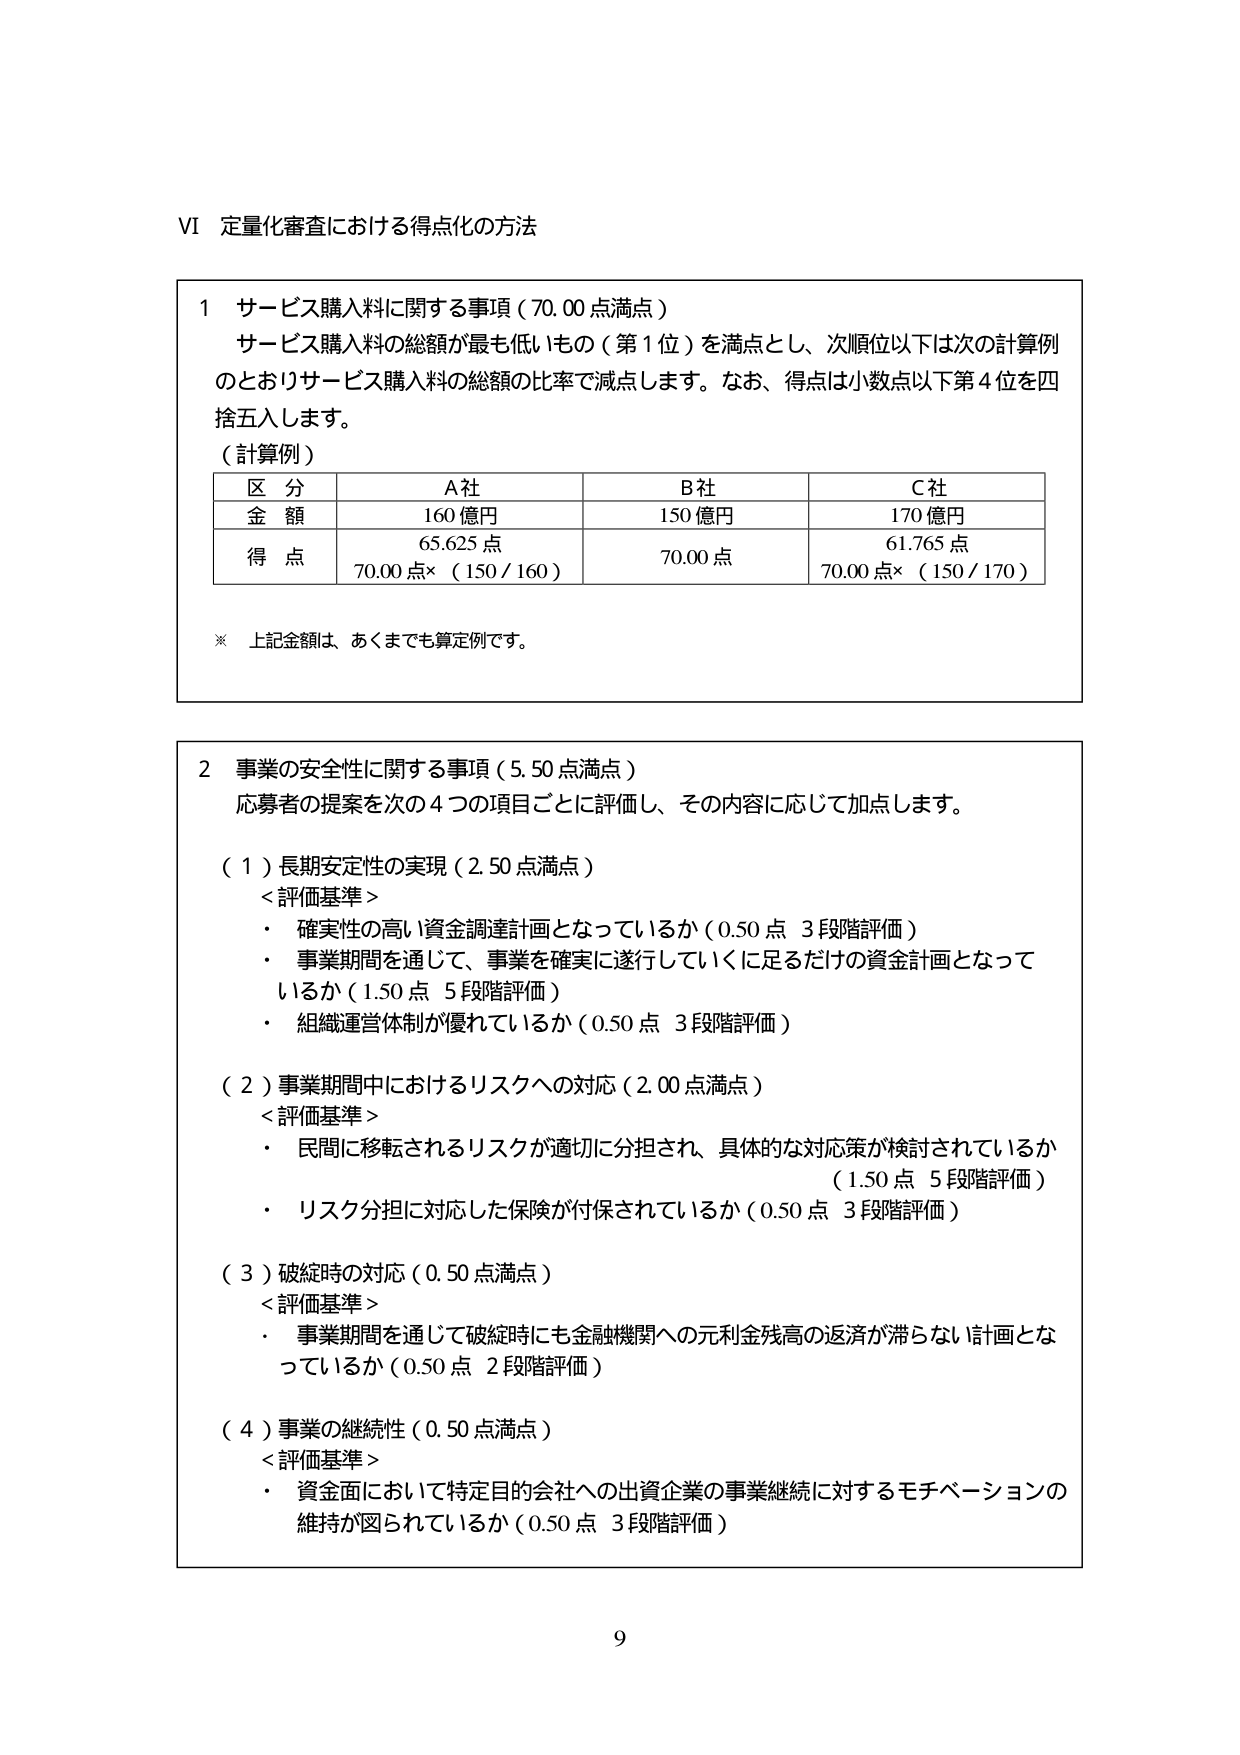
VI 定量化審査における得点化の方法

1 サービス購入料に関する事項（70.00点満点）
サービス購入料の総額が最も低いもの（第1位）を満点とし、次順位以下は次の計算例のとおりサービス購入料の総額の比率で減点します。なお、得点は小数点以下第4位を四捨五入します。
（計算例）
区 分 A社 B社 C社
金 額 160億円 150億円 170億円
得 点 65.625点 70.00点 61.765点
70.00点×（150/160） 70.00点×（150/170）
※ 上記金額は、あくまでも算定例です。

2 事業の安全性に関する事項（5.50点満点）
応募者の提案を次の4つの項目ごとに評価し、その内容に応じて加点します。
（1）長期安定性の実現（2.50点満点）
＜評価基準＞
・ 確実性の高い資金調達計画となっているか（0.50点 3段階評価）
・ 事業期間を通じて、事業を確実に遂行していくに足るだけの資金計画となっているか（1.50点 5段階評価）
・ 組織運営体制が優れているか（0.50点 3段階評価）
（2）事業期間中におけるリスクへの対応（2.00点満点）
＜評価基準＞
・ 民間に移転されるリスクが適切に分担され、具体的な対応策が検討されているか（1.50点 5段階評価）
・ リスク分担に対応した保険が付保されているか（0.50点 3段階評価）
（3）破綻時の対応（0.50点満点）
＜評価基準＞
・ 事業期間を通じて破綻時にも金融機関への元利金残高の返済が滞らない計画となっているか（0.50点 2段階評価）
（4）事業の継続性（0.50点満点）
＜評価基準＞
・ 資金面において特定目的会社への出資企業の事業継続に対するモチベーションの維持が図られているか（0.50点 3段階評価）

9